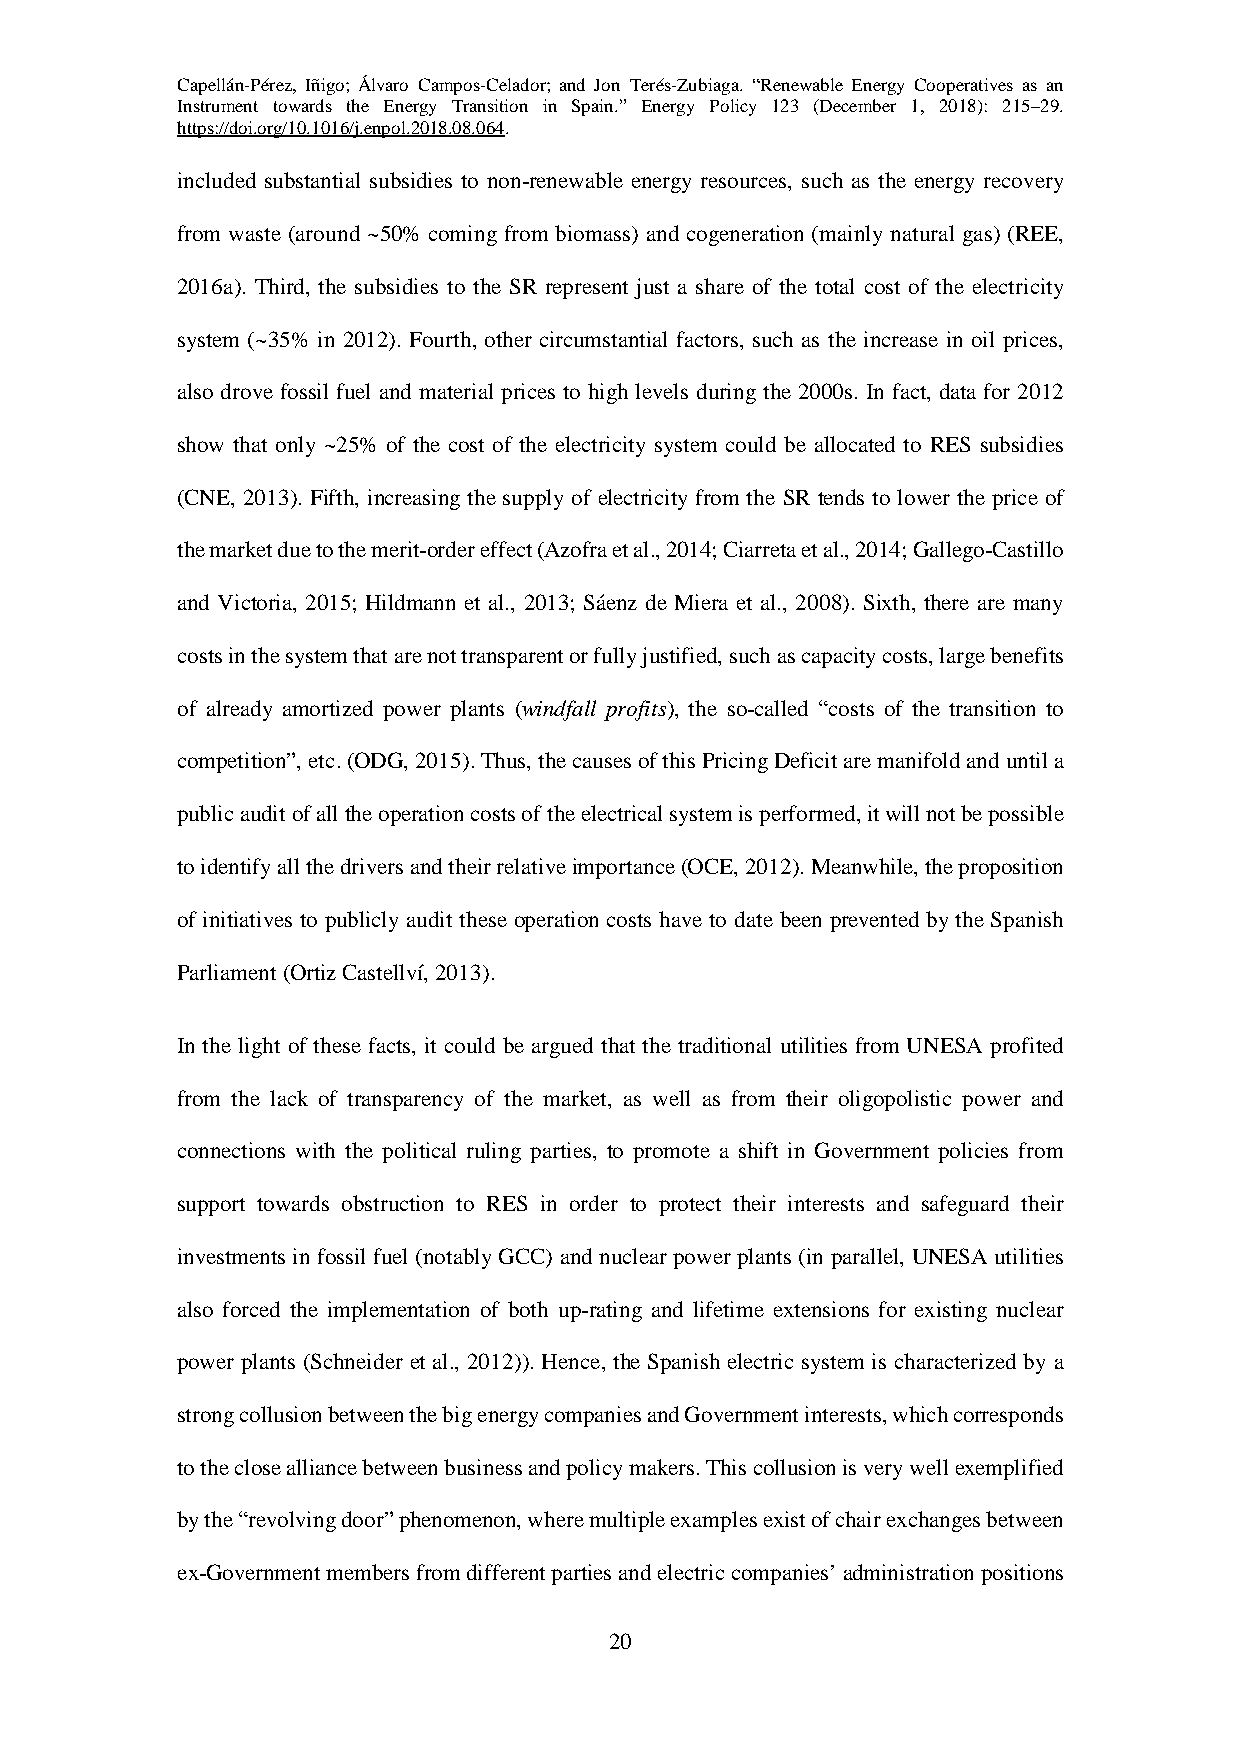
Capellán-Pérez, Iñigo; Álvaro Campos-Celador; and Jon Terés-Zubiaga. “Renewable Energy Cooperatives as an
 Instrument towards the Energy Transition in Spain.” Energy Policy 123 (December 1, 2018): 215–29.
 https://doi.org/10.1016/j.enpol.2018.08.064.
 included substantial subsidies to non-renewable energy resources, such as the energy recovery
 from waste (around ~50% coming from biomass) and cogeneration (mainly natural gas) (REE,
 2016a). Third, the subsidies to the SR represent just a share of the total cost of the electricity
 system (~35% in 2012). Fourth, other circumstantial factors, such as the increase in oil prices,
 also drove fossil fuel and material prices to high levels during the 2000s. In fact, data for 2012
 show that only ~25% of the cost of the electricity system could be allocated to RES subsidies
 (CNE, 2013). Fifth, increasing the supply of electricity from the SR tends to lower the price of
 the market due to the merit-order effect (Azofra et al., 2014; Ciarreta et al., 2014; Gallego-Castillo
 and Victoria, 2015; Hildmann et al., 2013; Sáenz de Miera et al., 2008). Sixth, there are many
 costs in the system that are not transparent or fully justified, such as capacity costs, large benefits
 of already amortized power plants (windfall profits), the so-called “costs of the transition to
 competition”, etc. (ODG, 2015). Thus, the causes of this Pricing Deficit are manifold and until a
 public audit of all the operation costs of the electrical system is performed, it will not be possible
 to identify all the drivers and their relative importance (OCE, 2012). Meanwhile, the proposition
 of initiatives to publicly audit these operation costs have to date been prevented by the Spanish
 Parliament (Ortiz Castellví, 2013).
 In the light of these facts, it could be argued that the traditional utilities from UNESA profited
 from the lack of transparency of the market, as well as from their oligopolistic power and
 connections with the political ruling parties, to promote a shift in Government policies from
 support towards obstruction to RES in order to protect their interests and safeguard their
 investments in fossil fuel (notably GCC) and nuclear power plants (in parallel, UNESA utilities
 also forced the implementation of both up-rating and lifetime extensions for existing nuclear
 power plants (Schneider et al., 2012)). Hence, the Spanish electric system is characterized by a
 strong collusion between the big energy companies and Government interests, which corresponds
 to the close alliance between business and policy makers. This collusion is very well exemplified
 by the “revolving door” phenomenon, where multiple examples exist of chair exchanges between
 ex-Government members from different parties and electric companies’ administration positions
 20